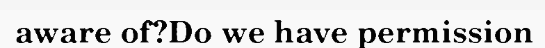
aware of?Do we have permission